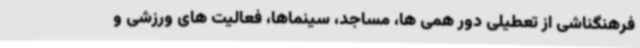
فرهنگناشی از تعطیلی دور همی ها، مساجد، سینماها، فعالیت های ورزشی و